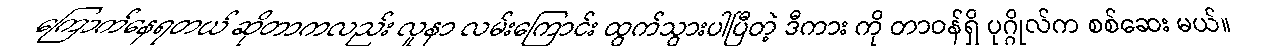
ကြောက်နေရတယ် ဆိုတာကလည်း လူနာ လမ်းကြောင်း ထွက်သွားပါပြီတဲ့ ဒီကား ကို တာဝန်ရှိ ပုဂ္ဂိုလ်က စစ်ဆေး မယ်။